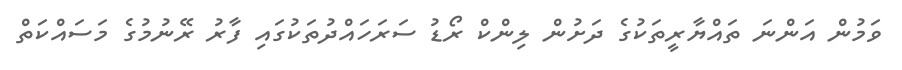
ވަމުން އަންނަ ތައްޔާރީތަކުގެ ދަށުން ލިންކް ރޯޑު ސަރަހައްދުތަކުގައި ފާރު ރޭނުމުގެ މަސައްކަތް